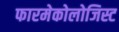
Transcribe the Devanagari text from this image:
फारमेकोलोजिस्ट